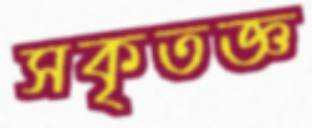
সকৃতজ্ঞ